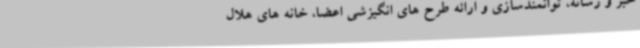
خبر و رسانه، توانمندسازی و ارائه طرح های انگیزشی اعضا، خانه های هلال